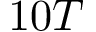
1 0 T